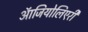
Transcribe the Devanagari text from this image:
ऑजियोलिएरी